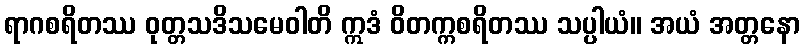
ရာဂစရိတဿ ဝုတ္တသဒိသမေဝါတိ ဣဒံ ဝိတက္ကစရိတဿ သပ္ပါယံ။ အယံ အတ္တနော